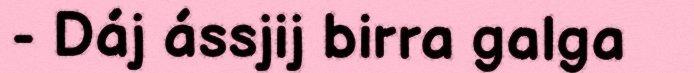
- Dáj ássjij birra galga